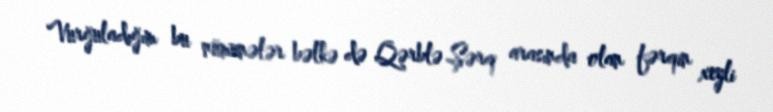
Vurğuladığım bu nümunələr bəlkə də Qərblə Şərq arasında olan fərqin xeyli